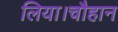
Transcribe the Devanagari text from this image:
लिया।चौहान